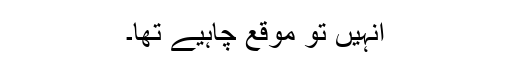
انہیں تو موقع چاہیے تھا۔